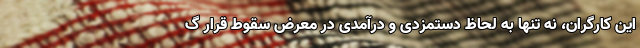
این کارگران، نه تنها به لحاظ دستمزدی و درآمدی در معرض سقوط قرار گ